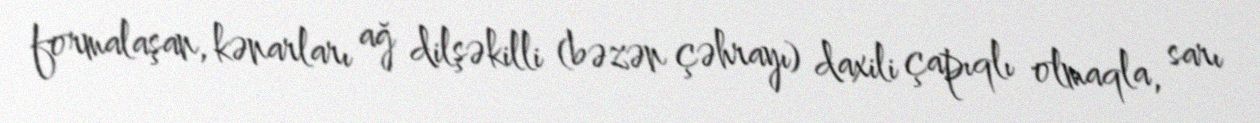
formalaşan, kənarları ağ dilşəkilli (bəzən çəhrayı) daxili çapıqlı olmaqla, sarı